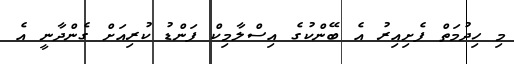
މި ހިދުމަތް ފެށިއިރު އެ ބޭންކުގެ އިސްލާމިކް ފަންޑު ކުރިއަށް ގެންދާނީ އެ